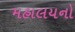
મહાલયનો